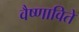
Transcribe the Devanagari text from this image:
वैष्णाविते